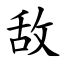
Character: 敌